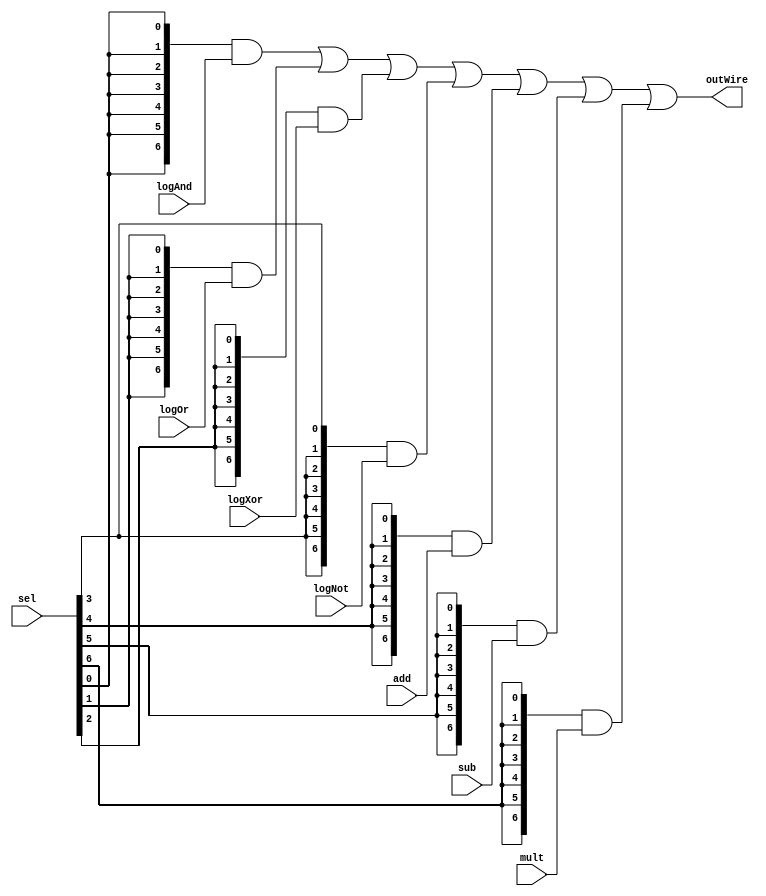
module MuxOut(logAnd, logOr, logXor, logNot, add, sub, mult, sel, outWire);
	parameter k =7; //k = # inputs. can override in instantiation
	//override when called like MuxOut #(k_override_num) Instance_of_MuxOut(logAdd_thing, logOr_thing,...);
	input [7:0] logAnd, logOr, logXor, logNot, add, sub, mult; //inputs
	input [k-1:0] sel; //1-hot select
	output[7:0] outWire;
	wire [7:0] outWire = ({k{sel[0]}} & logAnd) |
				({k{sel[1]}} & logOr) |
				({k{sel[2]}} & logXor) |
				({k{sel[3]}} & logNot) |
				({k{sel[4]}} & add) |
				({k{sel[5]}} & sub) |
				({k{sel[6]}} & mult);
endmodule